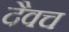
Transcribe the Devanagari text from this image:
दैवच